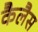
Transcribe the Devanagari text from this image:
कैलैस